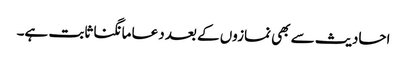
احادیث سے بھی نمازوں کے بعد دعا مانگنا ثابت ہے۔